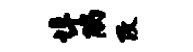
埠隅改